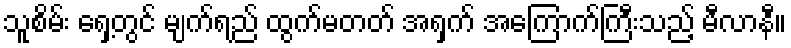
သူစိမ်း ရှေ့တွင် မျက်ရည် ထွက်မတတ် အရှက် အကြောက်ကြီးသည့် မီလာနီ။